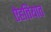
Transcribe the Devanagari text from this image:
ऐहतियात